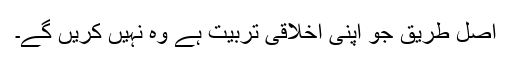
اصل طریق جو اپنی اخلاقی تربیت ہے وہ نہیں کریں گے۔